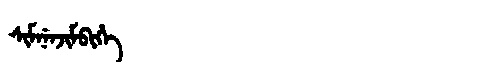
Manchu: ᠰᡳᠮᠨᡝᠨᠵᡳᠮᠪᡳᡥᡝ
Romanization: SIMNENJIMBIHE